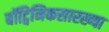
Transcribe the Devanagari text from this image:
बॉट्विनिकसारख्या